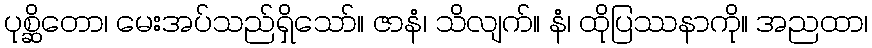
ပုစ္ဆိတော၊ မေးအပ်သည်ရှိသော်။ ဇာနံ၊ သိလျက်။ နံ၊ ထိုပြဿနာကို။ အညထာ၊